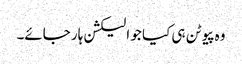
وہ پیوٹن ہی کیا جو الیکشن ہار جائے۔